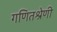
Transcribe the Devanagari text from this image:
गणितश्रेणी